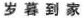
岁暮到家